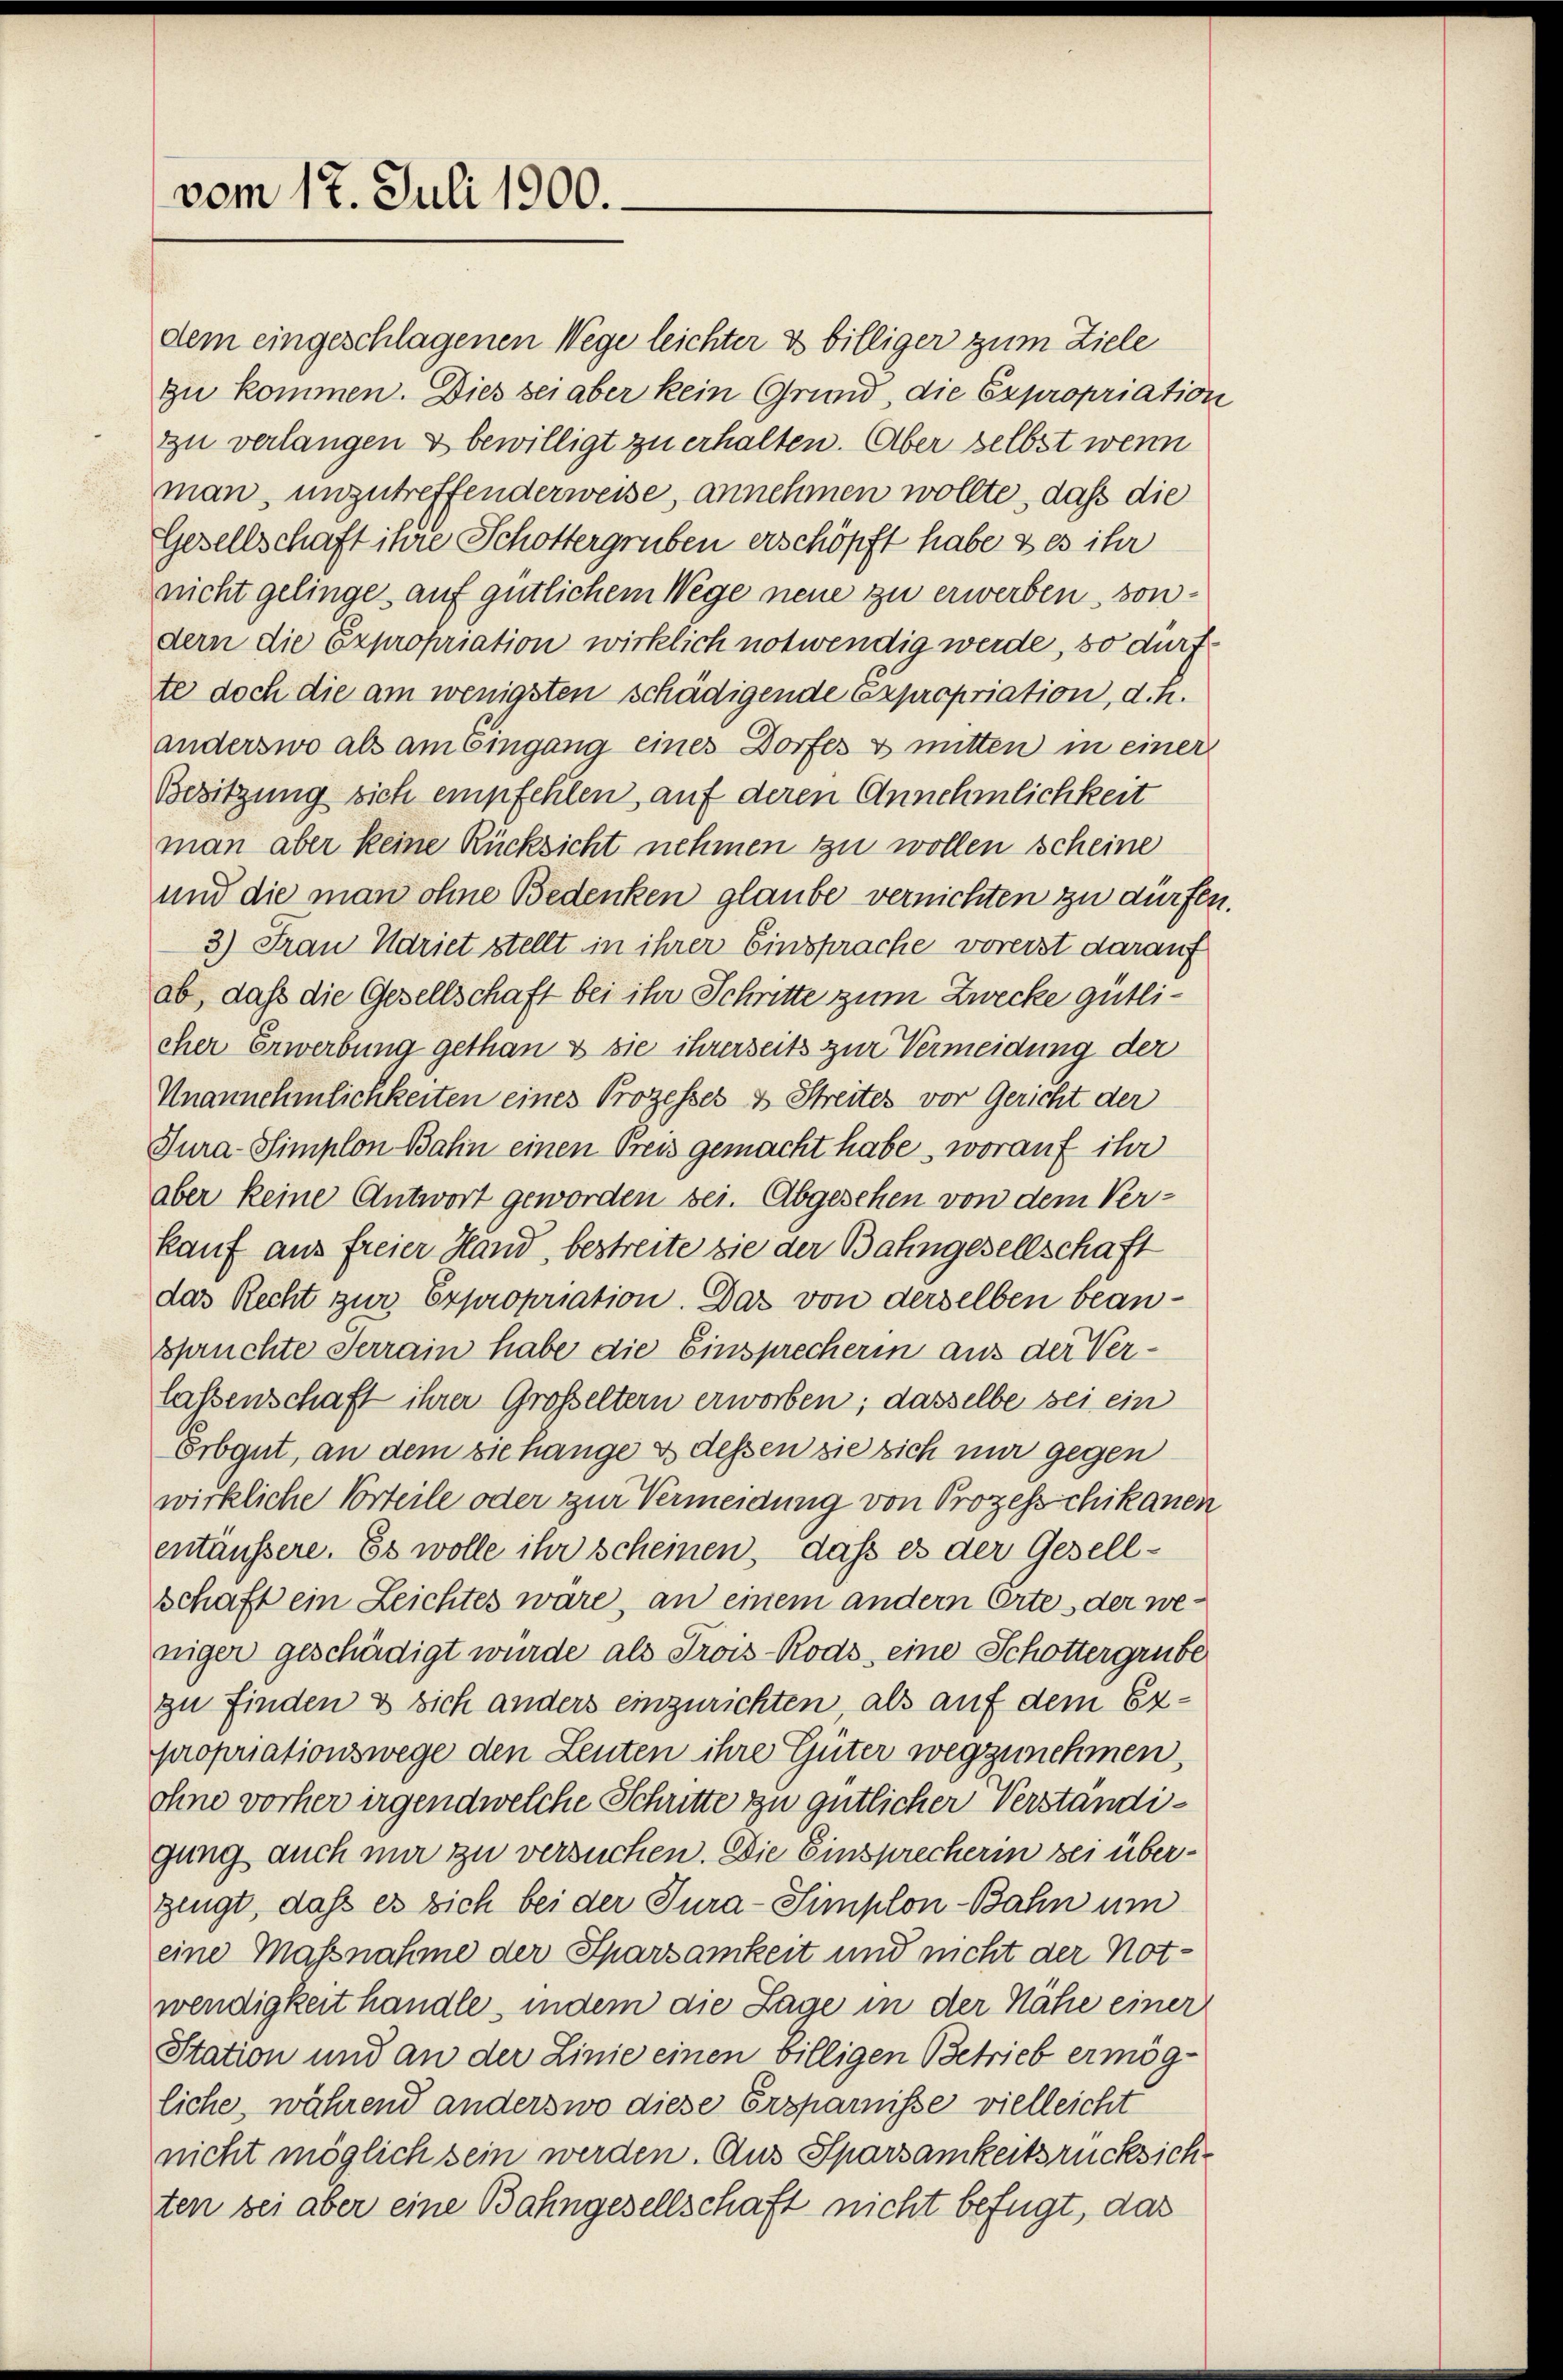
vom 17. Juli 1900.

dem eingeschlagenen Wege leichter & billiger zum Ziele
zu kommen. Dies sei aber kein Grund, die Expropriation
zu verlangen & bewilligt zu erhalten. Aber selbst wenn
man, unzutreffenderweise, annehmen wollte, daß die
Gesellschaft ihre Schottergruben erschöpft habe & es ihr
nicht gelinge auf gütlichem Wege neue zu erwerben, sondern die Expropriation wirklich notwendig werde, so durf
te doch die am wenigsten schädigende Expropriation, d. R.
anderswo als am Eingang eines Dorfes & mitten in einer
Besitzung sich empfehlen auf deren Annehmlichkeit
man aber keine Rücksicht nehmen zu wollen scheine
und die man ohne Bedenken glaube vernichten zu dürfen.
3) Frau Adriet stellt in ihrer Einsprache vorerst darauf
ab, daß die Gesellschaft bei ihr Schritte zum Zwecke gütlicher Erwerbung gethan & sie ihrerseits zur Vermeidung der
Unannehmlichkeiten eines Prozesses & Streites vor Gericht der
Tura-Simplon Bahn einen Preis gemacht habe, worauf ihr
aber keine Antwort geworden sei. Abgesehen von dem Verkauf aus freier Hand, bestreite sie der Bahngesellschaft
das Recht zur Expropriation. Das von derselben beanspruchte Serrain habe die Einsprecherin aus der Verlassenschaft ihrer Großeltern erworben; dasselbe bei ein
Erbgut, an dem sie hange & dessen sie sich nur gegen
wirkliche Vorteile oder zur Vermeidung von Prozesschikanen
entäussere. Es wolle ihr scheinen, dass es der Gesellschaft ein Leichtes wäre, an einem andern Ortes der weniger geschädigt wurde als Trois-Rods, eine Schottergrube
zu finden & sich anders einzurichten, als auf dem Expropriationswege den Leuten ihre Güter wegzunehmen,
ohne vorher irgendwelche Schritte zu gütlicher Verständigung auch mir zu versuchen. Die Einsprecherin sei überzeugt, daß es sich bei der Tura-Simplon Bahn um
eine Massnahme der Sparsamkeit und nicht der Not-
wendigkeit handle, indem die Lage in der Nähe einer
Station und an der Linie einen billigen Betrieb ermögliche, während anderswo diese Ersparnisse vielleicht
nicht möglich sein werden. Aus Sparsamkeitsrücksichten bei aber eine Bahngesellschaft nicht befügt, das